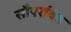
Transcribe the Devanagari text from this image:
सौएरविड